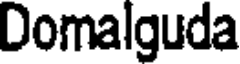
Domalguda